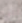
أنه